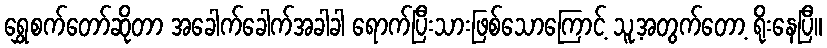
ရွှေစက်တော်ဆိုတာ အခေါက်ခေါက်အခါခါ ရောက်ပြီးသားဖြစ်သောကြောင့် သူ့အတွက်တော့ ရိုးနေပြီ။